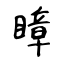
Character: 瞕